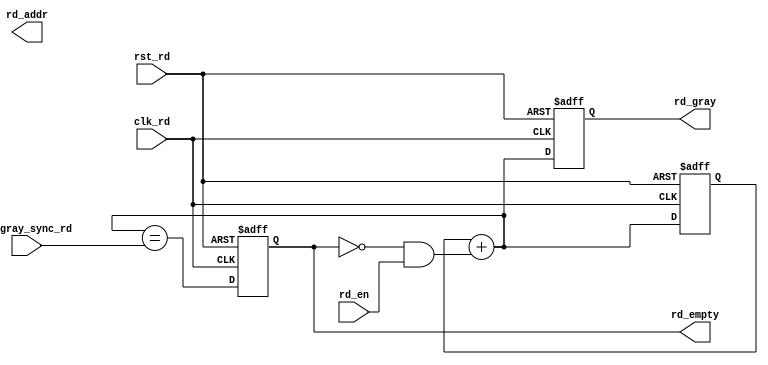
module rptr_empty #(	parameter PTR_WITH  = 0 
				  )
(
		input clk_rd,
		input rst_rd,
		input rd_en ,

		output [PTR_WITH-1:0] rd_addr ,
		output [PTR_WITH:0] rd_gray,
		input  [PTR_WITH:0] wr_gray_sync_rd,
		output rd_empty
);
reg [PTR_WITH:0] _rd_bin ;//生成二进制的读地?
reg [PTR_WITH:0] _rd_gray ;//生成格雷码的读地?

wire [PTR_WITH:0] _rd_bin_next ;//生成二进制的读地?
wire [PTR_WITH:0] _rd_gray_next ;//生成格雷码的读地?

wire __rd_empty ;
reg _rd_empty ;

assign rd_addr = _rd_bin[PTR_WITH-1:0];
assign rd_gray = _rd_gray ;
assign rd_empty = _rd_empty;

//若FIFO为首字置出类型，rd_en相当于读数据的确认信?,读地?指向的是当前输出数据?在的地址
//若FIFO为非首字置出类型,读地?指向的是下一个要读取的数?
//****************************************
//生成二进制的读地?,
//****************************************
always @(posedge clk_rd or posedge rst_rd) 
begin
	if (rst_rd) 
		_rd_bin <= {PTR_WITH{1'b0}} ; 
	else 
		_rd_bin <= _rd_bin_next ;
end
//****************************************
//生成格雷码的读地?
//****************************************
always @(posedge clk_rd or posedge rst_rd) 
begin
	if (rst_rd) 
		_rd_gray <= {PTR_WITH{1'b0}} ; 
	else 
		_rd_gray <= _rd_gray_next ;
end
assign _rd_bin_next   = _rd_bin + (~rd_empty & rd_en) ;
assign _rd_gray_next  = (_rd_bin_next>>1) ^ _rd_bin_next ;
//****************************************
//直接使用读写地址的格雷码进行比较?
//完全相同时，则为?
//****************************************
assign  __rd_empty =  (_rd_gray_next == wr_gray_sync_rd);
always @(posedge clk_rd or posedge rst_rd) 
begin
	if (rst_rd) 
		_rd_empty <= 1'b1; 
	else 
		_rd_empty <= __rd_empty ;
end
endmodule